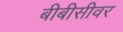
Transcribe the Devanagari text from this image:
बीबीसीवर